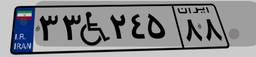
۳۳W۲۴۵۸۸